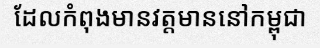
ដែលកំពុងមានវត្តមាននៅកម្ពុជា